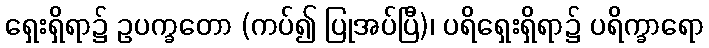
ရှေးရှိရာ၌ ဥပက္ခတော (ကပ်၍ ပြုအပ်ပြီ)၊ ပရိရှေးရှိရာ၌ ပရိက္ခာရော